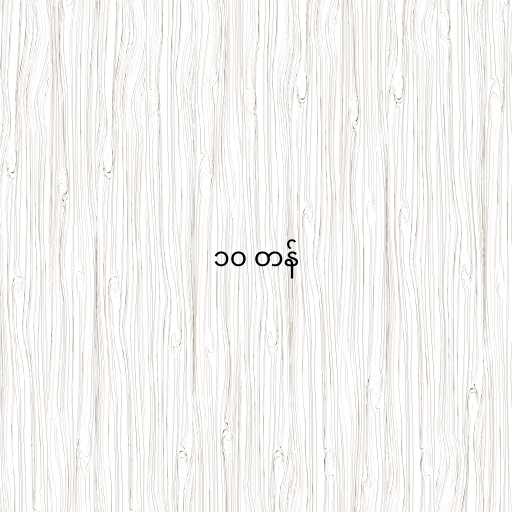
၁၀ တန်